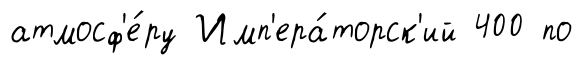
атмосф'е́ру Имп'ера́торск'ий 400 по